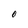
Character: O